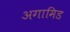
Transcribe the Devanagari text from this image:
अगामिड